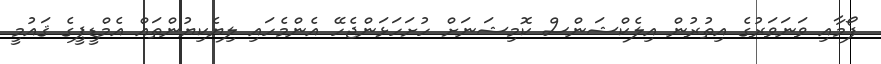
ފޯމާއި ވަނަވަރުގެ އިތުރުން އިލެކްޝަންސް ކޮމިޝަނަށް ހުށަހަޅަންޖެހޭ އެންމެހައި ލިޔެކިޔުންތައް އެމްޑީޕީގެ ޤައުމީ